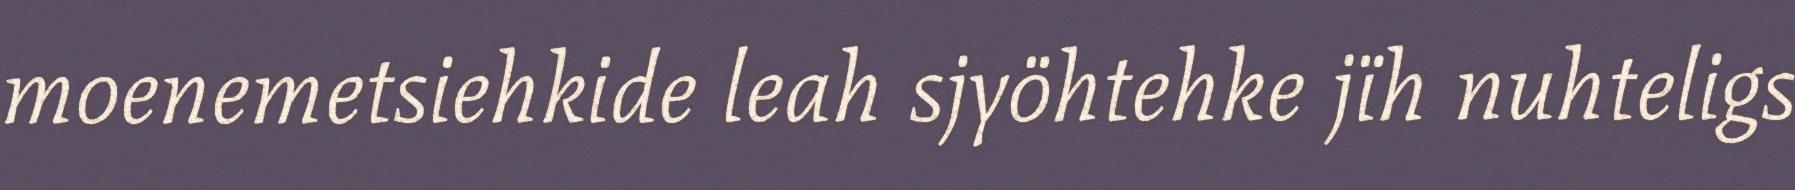
moenemetsiehkide leah sjyöhtehke jïh nuhteligs